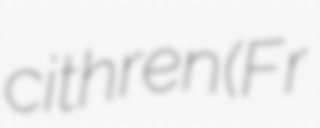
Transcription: cithren (Fr